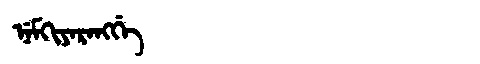
Manchu: ᠨᡝᠮᡴᡳᠶᠠᡵᠠᠩᡤᡝ
Romanization: NEMKIYARANGGE